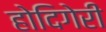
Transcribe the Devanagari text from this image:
होदिगेरी